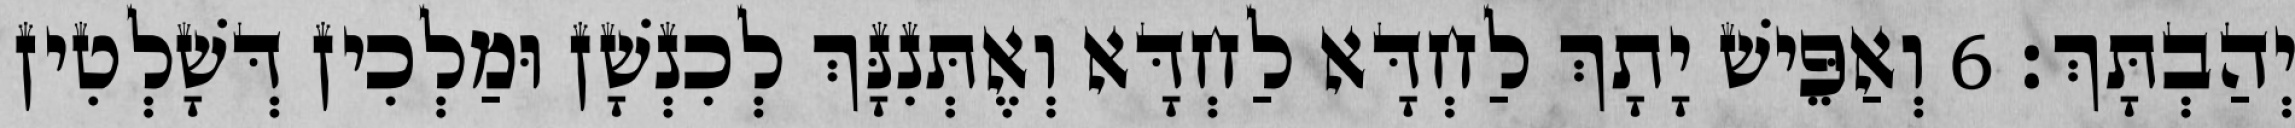
יְהַבְתָּךְ׃ 6 וְאַפֵּישׁ יָתָךְ לַחְדָּא לַחְדָּא וְאֶתְּנִנָּךְ לְכִנְשָׁן וּמַלְכִין דְּשָׁלְטִין